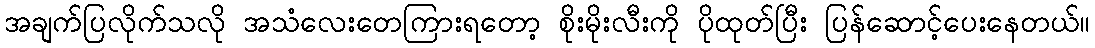
အချက်ပြလိုက်သလို အသံလေးတေကြားရတော့ စိုးမိုးလီးကို ပိုထုတ်ပြီး ပြန်ဆောင့်ပေးနေတယ်။